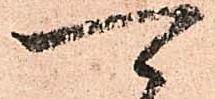
可